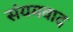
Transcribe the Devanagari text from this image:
संयमवाद